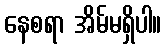
နေစရာ အိမ်မရှိပါ။